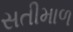
સતીમાળ